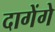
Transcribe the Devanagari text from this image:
दागेंगे